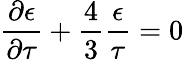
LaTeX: \frac{\partial\epsilon}{\partial\tau}+\frac{4}{3}\frac{\epsilon}{\tau}=0